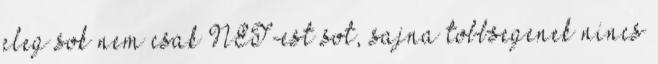
eleg sok nem csak NET-est sot, sajna tobbsegenek nincs